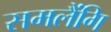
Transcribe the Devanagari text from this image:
समलैंगि